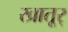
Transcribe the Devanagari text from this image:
खातूर्